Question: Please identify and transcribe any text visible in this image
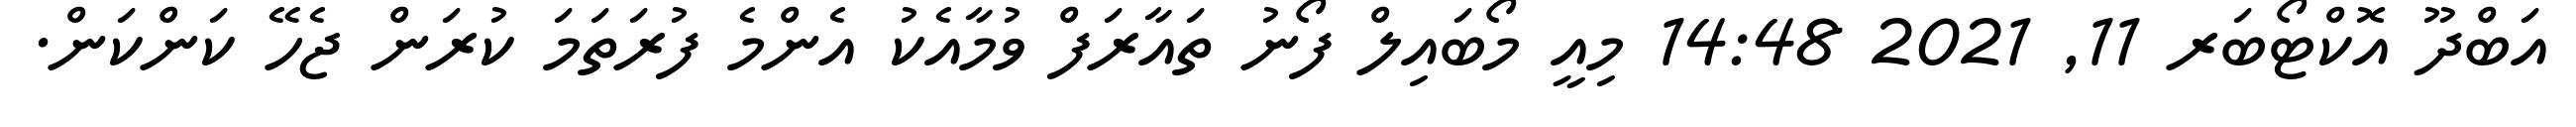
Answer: އަބްދޫ އޮކްޓޯބަރ 11, 2021 14:48 މިއީ މޯބައިލް ފޯނު ތައާރަފް ވުމާއެކު އެންމެ ފުރަތަމަ ކުރަން ޖެހޭ ކަންކަން.